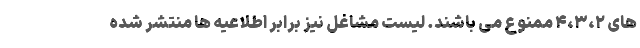
های ۴،۳،۲ ممنوع می باشند. لیست مشاغل نیز برابر اطلاعیه ها منتشر شده